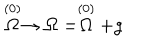
\stackrel { ( 0 ) } { \Omega } \rightarrow \Omega = \stackrel { ( 0 ) } { \Omega } + g